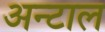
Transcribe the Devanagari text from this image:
अन्टाल